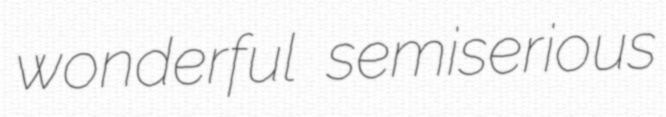
wonderful semiserious